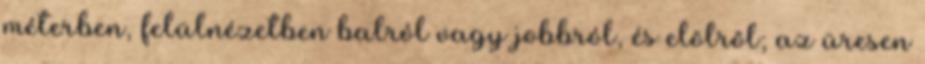
méterben, felülnézetben balról vagy jobbról, és elölrõl; az üresen